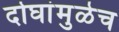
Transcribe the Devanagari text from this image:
दोघांमुळेच